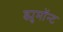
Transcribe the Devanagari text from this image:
ड्युमाॅन्ट